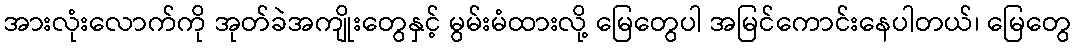
အားလုံးလောက်ကို အုတ်ခဲအကျိုးတွေနှင့် မွမ်းမံထားလို့ မြေတွေပါ အမြင်ကောင်းနေပါတယ်၊ မြေတွေ